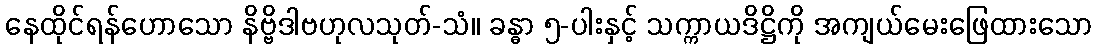
နေထိုင်ရန်ဟောသော နိဗ္ဗိဒါဗဟုလသုတ်-သံ။ ခန္ဓာ ၅-ပါးနှင့် သက္ကာယဒိဋ္ဌိကို အကျယ်မေးဖြေထားသော